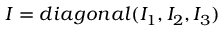
I = d i a g o n a l ( I _ { 1 } , I _ { 2 } , I _ { 3 } )